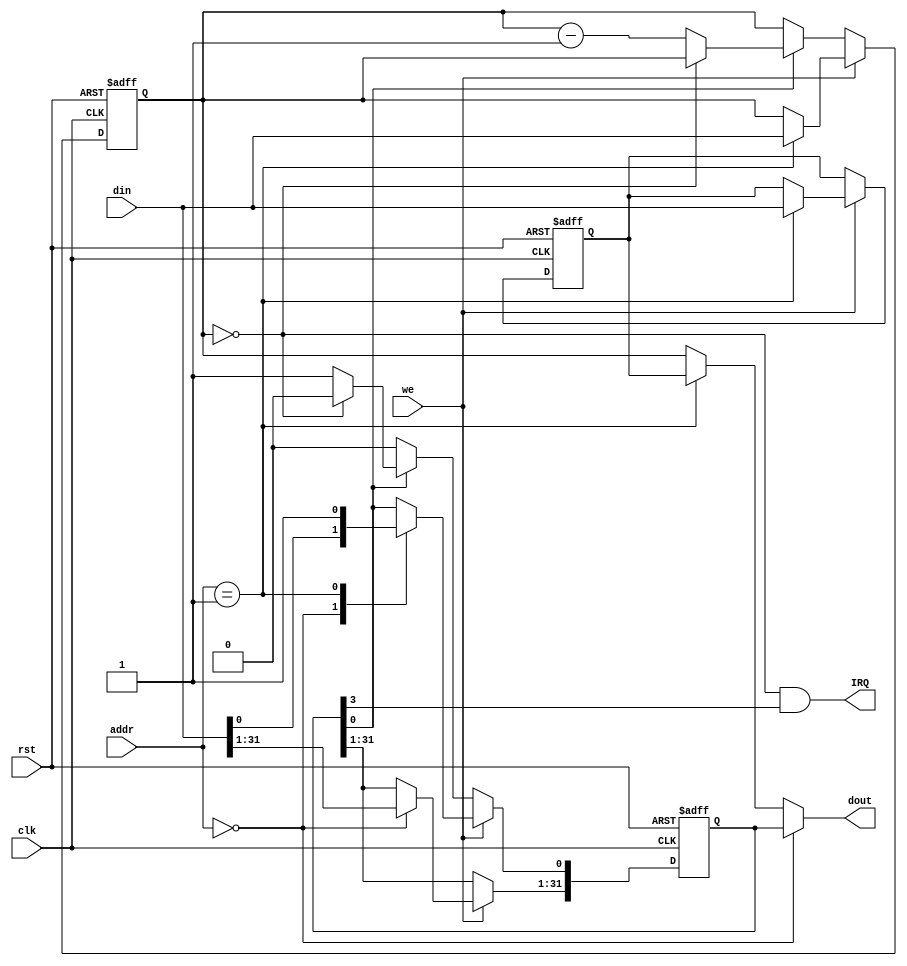
module timer (clk, rst, we, addr, din, IRQ, dout);
    input clk, rst, we;
    input [1:0] addr;
    input [31:0] din;
    output IRQ;
    output [31:0] dout;

    reg [31:0] t_registerFile[2:0];
    parameter CTRL = 2'b00, //[3]exl, [2:1]==2'b00, [0]count enable
              PRESET = 2'b01,
              COUNT = 2'b10;

    assign IRQ = (t_registerFile[COUNT] == 32'h0000_0000)&(t_registerFile[CTRL][3] == 1);
    assign dout = (addr == CTRL)? t_registerFile[CTRL] :
                  (addr == PRESET)? t_registerFile[PRESET] : t_registerFile[COUNT];

    always @(posedge clk, negedge rst) begin
        if(!rst) begin
            t_registerFile[CTRL] <= 32'h0000_0000;
            t_registerFile[PRESET] <= 32'h0000_1111;
            t_registerFile[COUNT] <= 32'h0000_1111;
        end
        else begin
            if(we) begin
                case(addr)
                CTRL: t_registerFile[CTRL] = din;
                PRESET: begin
                    t_registerFile[PRESET] = din;
                    t_registerFile[CTRL][0] = 1'b1; 
                    t_registerFile[COUNT] = t_registerFile[PRESET];
                end 
                default: $display("timer addr error");
                endcase
            end
            else if(t_registerFile[CTRL][0] == 1'b1) begin
                if(t_registerFile[COUNT] == 0) t_registerFile[CTRL][0] = 1'b0;
                else t_registerFile[COUNT] = t_registerFile[COUNT]-1;
            end

        end
    end
endmodule